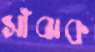
সাঁঝক